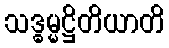
သဒ္ဓမ္မဋ္ဌိတိယာတိ